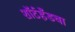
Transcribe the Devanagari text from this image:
शॉर्टहँडचा